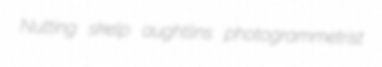
Nutting skelp aughtlins photogrammetrist